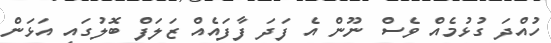
ހުއްދަ ގުޅުމެއް ވެސް ނޫން އެ ފަދަ ފާފައެއް ޒަލަފް ބޮލުގައި އަޅަން